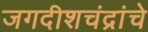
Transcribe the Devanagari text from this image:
जगदीशचंद्रांचे